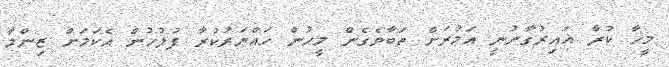
މީހާ ކުރާ ޣައިރުގާނުނީ އަމުރަށް ތަބާވެގެން މީހުން ހައްޔަރުކުރާ ފުލުހުން އެކަމަށް ޒިންމާ